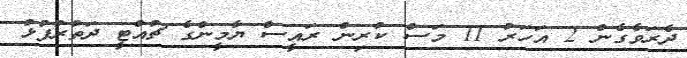
ދެރަވެގެން 2 އަހަރު 11 މަސް ކުރިން ރައީސް ޔާމީންގެ ޗުއްޓީ ދަތުރުފުޅު